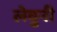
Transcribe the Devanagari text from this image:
लेवुनी